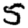
Digit: 5